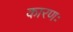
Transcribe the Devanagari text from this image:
कारणः